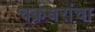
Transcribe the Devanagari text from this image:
चक्रधरांचा